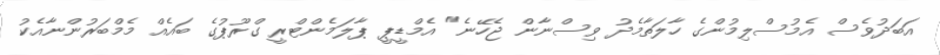
އަބަދުވެސް އެމުސްލިމުންގެ ހާލަތާމެދު ވިސްނާން ޖެހޭނެ" އެމްޑީޕީ ޕާލަމެންޓްރީ ގްރޫޕުގެ ބައެއް މެމްބަރުންނާއެކު